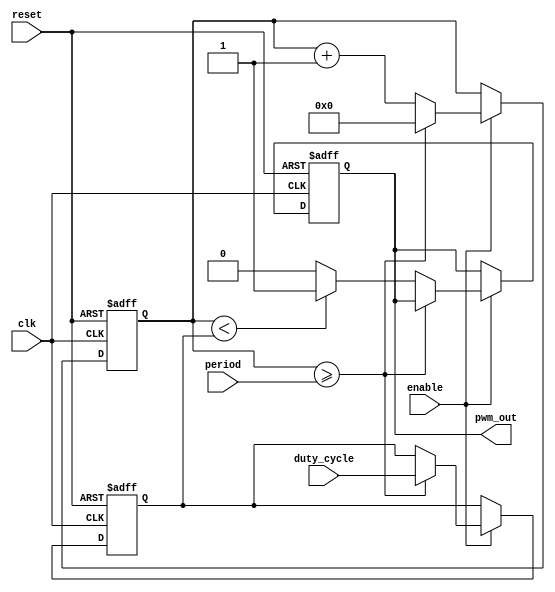
module pwm_timer (
    input wire clk,          // System clock input
    input wire reset,        // Reset signal input
    input wire enable,       // Enable signal input
    input wire [7:0] period, // Programmable period input
    input wire [7:0] duty_cycle, // Programmable duty cycle input
    output reg pwm_out       // PWM output signal
);

reg [7:0] counter;          // Counter for tracking elapsed time
reg [7:0] comparator;       // Comparator for adjusting duty cycle

// Synchronization block for precise timing control
always @(posedge clk or posedge reset) begin
    if (reset) begin
        counter <= 8'd0;
        comparator <= 8'd0;
        pwm_out <= 1'b0;
    end else begin
        if (enable) begin
            if (counter >= period) begin
                counter <= 8'd0;
                comparator <= duty_cycle;
            end else begin
                counter <= counter + 1;
                if (counter < comparator) begin
                    pwm_out <= 1'b1;
                end else begin
                    pwm_out <= 1'b0;
                end
            end
        end
    end
end

endmodule